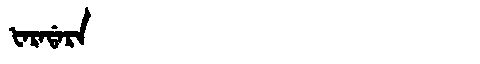
Manchu: ᡶᠠᡵᠠᡩᠠᡵᠠ
Romanization: FARADARA